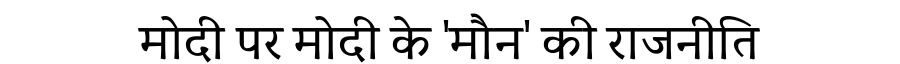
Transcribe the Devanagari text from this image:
मोदी पर मोदी के 'मौन' की राजनीति